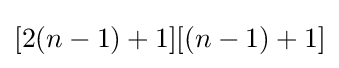
[2(n-1)+1][(n-1)+1]